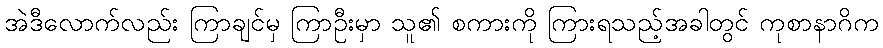
အဲဒီလောက်လည်း ကြာချင်မှ ကြာဦးမှာ သူ၏ စကားကို ကြားရသည့်အခါတွင် ကုစာနာဂိက